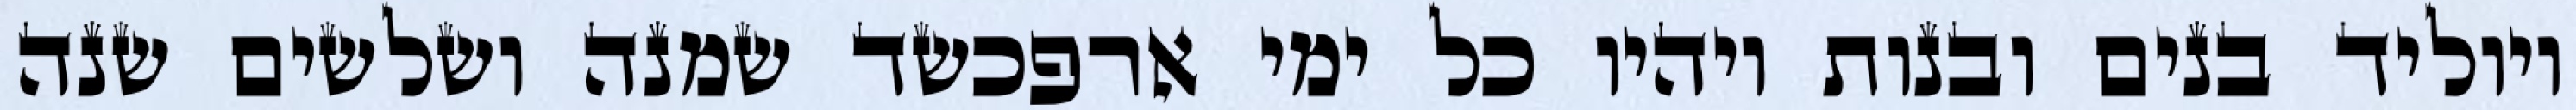
ויוליד בנים ובנות ויהיו כל ימי ארפכשד שמנה ושלשים שנה